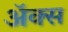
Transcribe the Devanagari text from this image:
अॅक्स